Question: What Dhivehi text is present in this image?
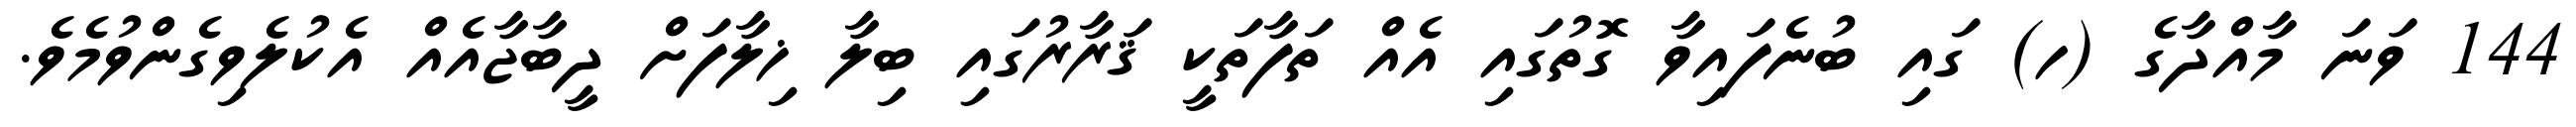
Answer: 144 ވަނަ މާއްދާގެ (ހ) ގައި ބުނެފައިވާ ގޮތުގައި އެއް ތަފާތަކީ ޤަރާރުގައި ބިލާ ޚިލާފަށް ދީބާޖާއެއް އެކުލެވިގެންވުމެވެ.